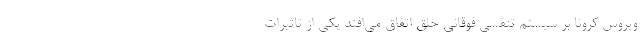
ویروس کرونا بر سیستم تنفسی فوقانی حلق اتفاق می‌افتد یکی از تاثیرات